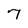
Character: 7